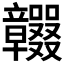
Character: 𥫕